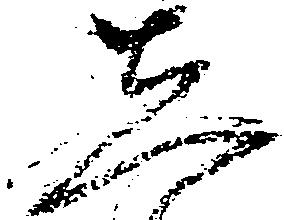
し